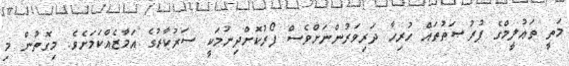
މަތީ ތަޢުލީމްގެ ފުރުޞަތުތައް ހުރިހާ ދަރިވަރުންނަށްވެސް ފޯރުކޮށްދިނުމަކީ ސަރުކާރުގެ އަމާޒެއްކަމަށެވެ. މިގޮތުން މި